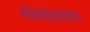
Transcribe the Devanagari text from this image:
मोसमादरम्यान